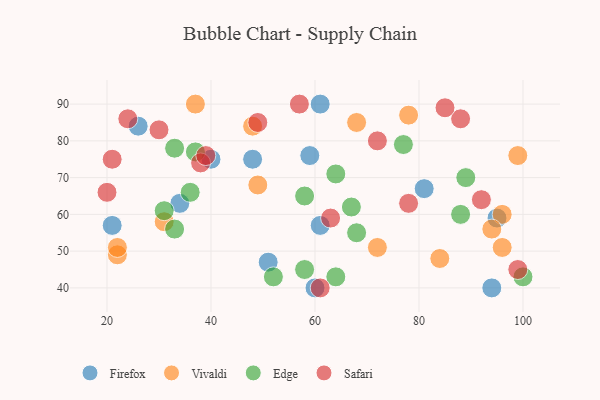
{"axis": {"x": "GDP", "y": "Life Expectancy"}, "legend": ["Edge", "Firefox", "Safari", "Vivaldi"], "data": [{"x": "51", "y": 47, "type": "Firefox"}, {"x": "21", "y": 57, "type": "Firefox"}, {"x": "48", "y": 75, "type": "Firefox"}, {"x": "60", "y": 40, "type": "Firefox"}, {"x": "94", "y": 40, "type": "Firefox"}, {"x": "34", "y": 63, "type": "Firefox"}, {"x": "95", "y": 59, "type": "Firefox"}, {"x": "40", "y": 75, "type": "Firefox"}, {"x": "61", "y": 57, "type": "Firefox"}, {"x": "59", "y": 76, "type": "Firefox"}, {"x": "61", "y": 90, "type": "Firefox"}, {"x": "81", "y": 67, "type": "Firefox"}, {"x": "26", "y": 84, "type": "Firefox"}, {"x": "22", "y": 49, "type": "Vivaldi"}, {"x": "99", "y": 76, "type": "Vivaldi"}, {"x": "49", "y": 68, "type": "Vivaldi"}, {"x": "96", "y": 51, "type": "Vivaldi"}, {"x": "48", "y": 84, "type": "Vivaldi"}, {"x": "22", "y": 51, "type": "Vivaldi"}, {"x": "96", "y": 60, "type": "Vivaldi"}, {"x": "94", "y": 56, "type": "Vivaldi"}, {"x": "31", "y": 58, "type": "Vivaldi"}, {"x": "84", "y": 48, "type": "Vivaldi"}, {"x": "68", "y": 85, "type": "Vivaldi"}, {"x": "78", "y": 87, "type": "Vivaldi"}, {"x": "37", "y": 90, "type": "Vivaldi"}, {"x": "72", "y": 51, "type": "Vivaldi"}, {"x": "33", "y": 56, "type": "Edge"}, {"x": "77", "y": 79, "type": "Edge"}, {"x": "36", "y": 66, "type": "Edge"}, {"x": "31", "y": 61, "type": "Edge"}, {"x": "67", "y": 62, "type": "Edge"}, {"x": "64", "y": 71, "type": "Edge"}, {"x": "33", "y": 78, "type": "Edge"}, {"x": "88", "y": 60, "type": "Edge"}, {"x": "58", "y": 45, "type": "Edge"}, {"x": "58", "y": 65, "type": "Edge"}, {"x": "37", "y": 77, "type": "Edge"}, {"x": "89", "y": 70, "type": "Edge"}, {"x": "52", "y": 43, "type": "Edge"}, {"x": "68", "y": 55, "type": "Edge"}, {"x": "64", "y": 43, "type": "Edge"}, {"x": "100", "y": 43, "type": "Edge"}, {"x": "24", "y": 86, "type": "Safari"}, {"x": "88", "y": 86, "type": "Safari"}, {"x": "49", "y": 85, "type": "Safari"}, {"x": "20", "y": 66, "type": "Safari"}, {"x": "99", "y": 45, "type": "Safari"}, {"x": "72", "y": 80, "type": "Safari"}, {"x": "38", "y": 74, "type": "Safari"}, {"x": "92", "y": 64, "type": "Safari"}, {"x": "61", "y": 40, "type": "Safari"}, {"x": "57", "y": 90, "type": "Safari"}, {"x": "78", "y": 63, "type": "Safari"}, {"x": "85", "y": 89, "type": "Safari"}, {"x": "21", "y": 75, "type": "Safari"}, {"x": "30", "y": 83, "type": "Safari"}, {"x": "39", "y": 76, "type": "Safari"}, {"x": "63", "y": 59, "type": "Safari"}]}